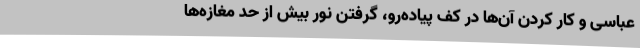
عباسی و کار کردن آن‌ها در کف پیاده‌رو، گرفتن نور بیش‌ از حد مغازه‌ها